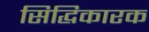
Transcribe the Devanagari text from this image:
सिद्धिकारक